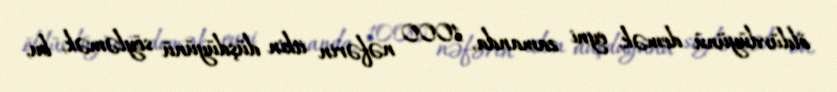
öldürdüyünü demək, eyni zamanda, 1000 nəfərin itkin düşdüyünü söyləmək, bu,